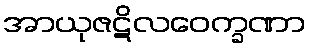
အာယုဇဋိလဝေက္ခဏာ